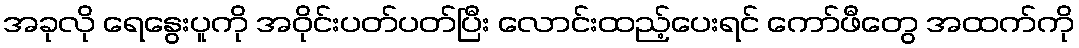
အခုလို ရေနွေးပူကို အဝိုင်းပတ်ပတ်ပြီး လောင်းထည့်ပေးရင် ကော်ဖီတွေ အထက်ကို